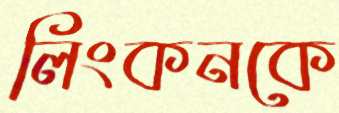
লিংকনকে